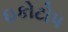
ઇકોટોપ